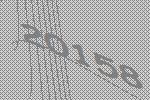
20158